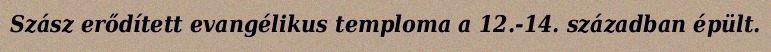
Szász erődített evangélikus temploma a 12.-14. században épült.